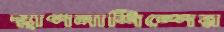
স্থাপনাশিল্পের